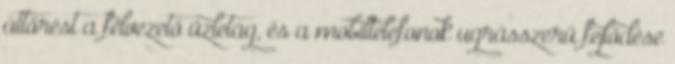
áttörést a félvezető üzletág, és a mobiltelefonok ugrásszerű fejlődése